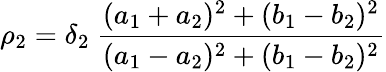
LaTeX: \rho_{2}=\delta_{2}\ \frac{(a_{1}+a_{2})^{2}+(b_{1}-b_{2})^{2}}{(a_{1}-a_{2})^{2}+(b_{1}-b_{2})^{2}}